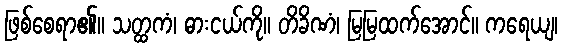
ဖြစ်စေရာ၏။ သတ္ထကံ၊ ဓားငယ်ကို။ တိခိဏံ၊ မြမြထက်အောင်။ ကရေယျ၊